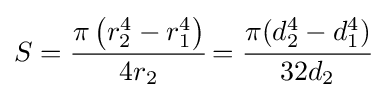
S={\cfrac {\pi \left(r_{2}^{4}-r_{1}^{4}\right)}{4r_{2}}}={\cfrac {\pi (d_{2}^{4}-d_{1}^{4})}{32d_{2}}}